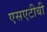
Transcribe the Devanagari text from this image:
एसएटीबी